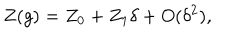
LaTeX: Z ( g ) = Z _ { 0 } + Z _ { 1 } \delta + O ( \delta ^ { 2 } ) ,